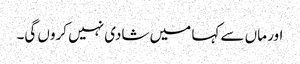
اور ماں سے کہا میں شادی نہیں کروں گی۔